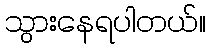
သွားနေရပါတယ်။